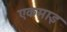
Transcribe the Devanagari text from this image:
एकमाइ